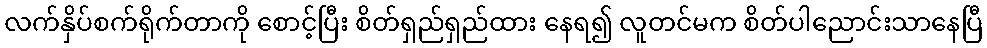
လက်နှိပ်စက်ရိုက်တာကို စောင့်ပြီး စိတ်ရှည်ရှည်ထား နေရ၍ လူတင်မက စိတ်ပါညောင်းသာနေပြီ